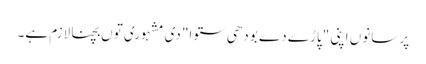
پر سانوں اپنی "پاڑے دے بودھی ستوا" دی مشہوری توں بچنا لازم ہے۔